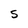
Character: S